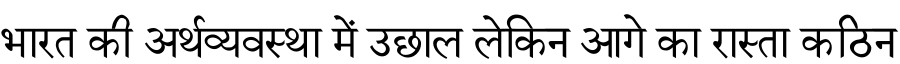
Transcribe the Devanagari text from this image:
भारत की अर्थव्यवस्था में उछाल लेकिन आगे का रास्ता कठिन